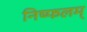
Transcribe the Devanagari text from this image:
निष्फलम्